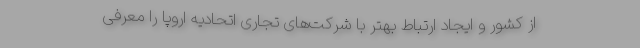
از کشور و ایجاد ارتباط بهتر با شرکت‌های تجاری اتحادیه اروپا را معرفی